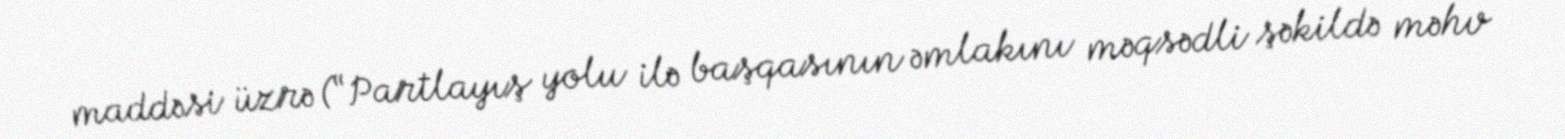
maddəsi üzrə (“Partlayış yolu ilə başqasının əmlakını məqsədli şəkildə məhv